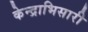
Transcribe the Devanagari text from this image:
केन्द्राभिसारी